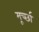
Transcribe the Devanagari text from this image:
मूर्च्‍छा